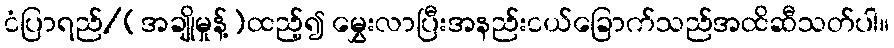
ငံပြာရည်/(အချိုမှုန့်)ထည့်၍ မွှေးလာပြီးအနည်းငယ်ခြောက်သည်အထိဆီသတ်ပါ။